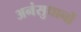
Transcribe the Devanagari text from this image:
अनंसुधानों